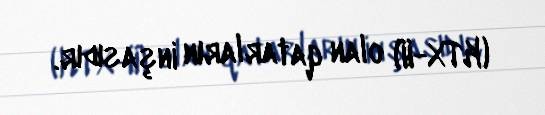
(KTX-II) olan qatarların inşasıdır.